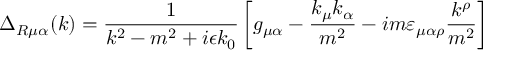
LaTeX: \Delta _ { R \mu \alpha } ( k ) = \frac { 1 } { k ^ { 2 } - m ^ { 2 } + i \epsilon k _ { 0 } } \left[ g _ { \mu \alpha } - \frac { k _ { \mu } k _ { \alpha } } { m ^ { 2 } } - i m \varepsilon _ { \mu \alpha \rho } \frac { k ^ { \rho } } { m ^ { 2 } } \right]